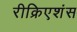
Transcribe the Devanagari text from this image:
रीक्रिएशंस